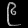
Digit: ၉